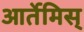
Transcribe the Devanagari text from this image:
आर्तेमिस्